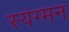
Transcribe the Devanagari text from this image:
स्यंग्मन